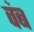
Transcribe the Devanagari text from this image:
वंब